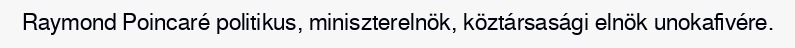
Raymond Poincaré politikus, miniszterelnök, köztársasági elnök unokafivére.